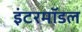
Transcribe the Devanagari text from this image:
इंटरमॉडल